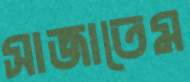
সাজাতেম